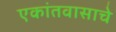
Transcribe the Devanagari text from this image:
एकांतवासाचे